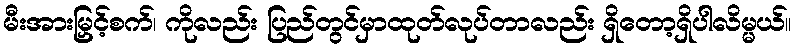
မီးအားမြှင့်စက်၊ ကိုလည်း ပြည်တွင်မှာထုတ်လုပ်တာလည်း ရှိတော့ရှိပါလိမ္မယ်။